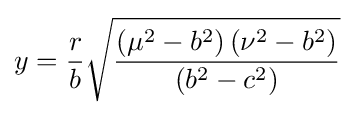
y={\frac {r}{b}}{\sqrt {\frac {\left(\mu ^{2}-b^{2}\right)\left(\nu ^{2}-b^{2}\right)}{\left(b^{2}-c^{2}\right)}}}